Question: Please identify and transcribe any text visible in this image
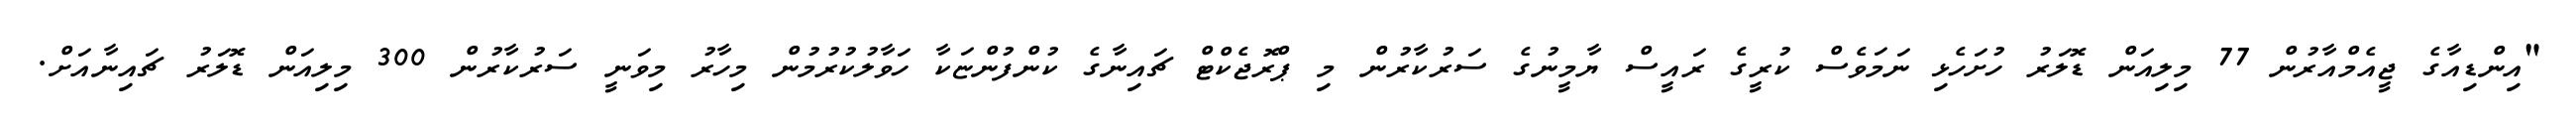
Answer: "އިންޑިއާގެ ޖީއެމްއާރުން 77 މިލިއަން ޑޮލަރު ހުށަހެޅި ނަމަވެސް ކުރީގެ ރައީސް ޔާމީނުގެ ސަރުކާރުން މި ޕްރޮޖެކްޓް ޗައިނާގެ ކުންފުންޏަކާ ހަވާލުކުރުމުން މިހާރު މިވަނީ ސަރުކާރުން 300 މިލިއަން ޑޮލަރު ޗައިނާއަށް.